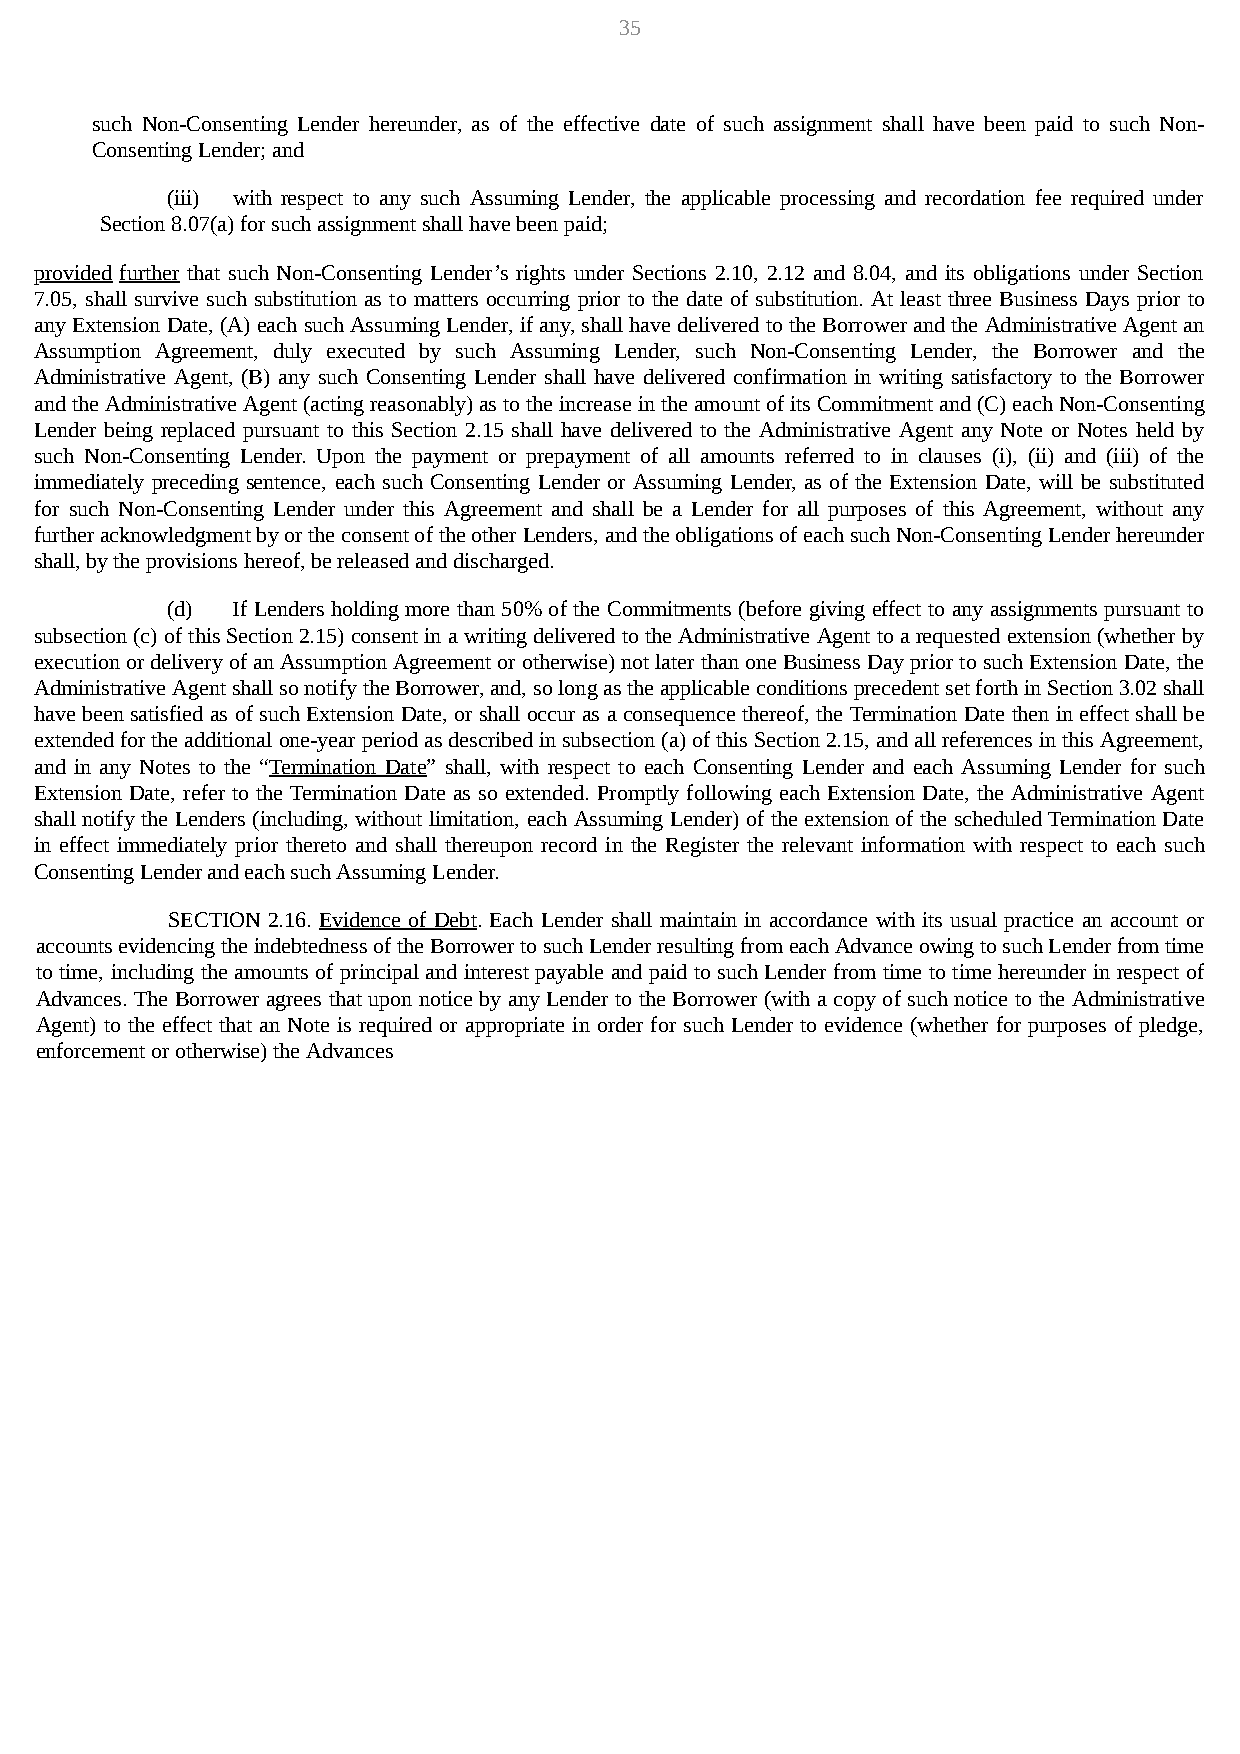
35
 such Non-Consenting Lender hereunder, as of the effective date of such assignment shall have been paid to such Non-
 Consenting Lender; and
 (iii) with respect to any such Assuming Lender, the applicable processing and recordation fee required under
 Section 8.07(a) for such assignment shall have been paid;
 provided further that such Non-Consenting Lender’s rights under Sections 2.10, 2.12 and 8.04, and its obligations under Section
 7.05, shall survive such substitution as to matters occurring prior to the date of substitution. At least three Business Days prior to
 any Extension Date, (A) each such Assuming Lender, if any, shall have delivered to the Borrower and the Administrative Agent an
 Assumption Agreement, duly executed by such Assuming Lender, such Non-Consenting Lender, the Borrower and the
 Administrative Agent, (B) any such Consenting Lender shall have delivered confirmation in writing satisfactory to the Borrower
 and the Administrative Agent (acting reasonably) as to the increase in the amount of its Commitment and (C) each Non-Consenting
 Lender being replaced pursuant to this Section 2.15 shall have delivered to the Administrative Agent any Note or Notes held by
 such Non-Consenting Lender. Upon the payment or prepayment of all amounts referred to in clauses (i), (ii) and (iii) of the
 immediately preceding sentence, each such Consenting Lender or Assuming Lender, as of the Extension Date, will be substituted
 for such Non-Consenting Lender under this Agreement and shall be a Lender for all purposes of this Agreement, without any
 further acknowledgment by or the consent of the other Lenders, and the obligations of each such Non-Consenting Lender hereunder
 shall, by the provisions hereof, be released and discharged.
 (d) If Lenders holding more than 50% of the Commitments (before giving effect to any assignments pursuant to
 subsection (c) of this Section 2.15) consent in a writing delivered to the Administrative Agent to a requested extension (whether by
 execution or delivery of an Assumption Agreement or otherwise) not later than one Business Day prior to such Extension Date, the
 Administrative Agent shall so notify the Borrower, and, so long as the applicable conditions precedent set forth in Section 3.02 shall
 have been satisfied as of such Extension Date, or shall occur as a consequence thereof, the Termination Date then in effect shall be
 extended for the additional one-year period as described in subsection (a) of this Section 2.15, and all references in this Agreement,
 and in any Notes to the “Termination Date” shall, with respect to each Consenting Lender and each Assuming Lender for such
 Extension Date, refer to the Termination Date as so extended. Promptly following each Extension Date, the Administrative Agent
 shall notify the Lenders (including, without limitation, each Assuming Lender) of the extension of the scheduled Termination Date
 in effect immediately prior thereto and shall thereupon record in the Register the relevant information with respect to each such
 Consenting Lender and each such Assuming Lender.
 SECTION 2.16. Evidence of Debt. Each Lender shall maintain in accordance with its usual practice an account or
 accounts evidencing the indebtedness of the Borrower to such Lender resulting from each Advance owing to such Lender from time
 to time, including the amounts of principal and interest payable and paid to such Lender from time to time hereunder in respect of
 Advances. The Borrower agrees that upon notice by any Lender to the Borrower (with a copy of such notice to the Administrative
 Agent) to the effect that an Note is required or appropriate in order for such Lender to evidence (whether for purposes of pledge,
 enforcement or otherwise) the Advances